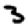
Digit: 3